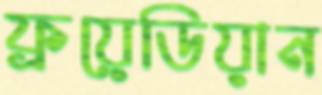
ফ্রয়েডিয়ান